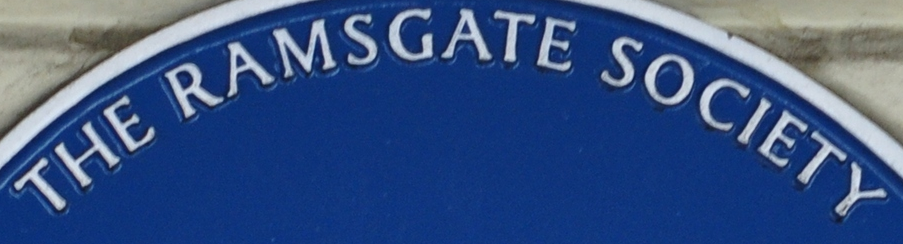
HET RAMSGATE SOCIETY